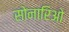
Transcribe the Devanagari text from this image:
सोनारिओ